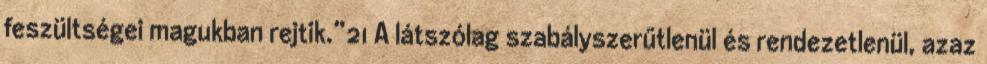
feszültségei magukban rejtik.”21 A látszólag szabályszerűtlenül és rendezetlenül, azaz